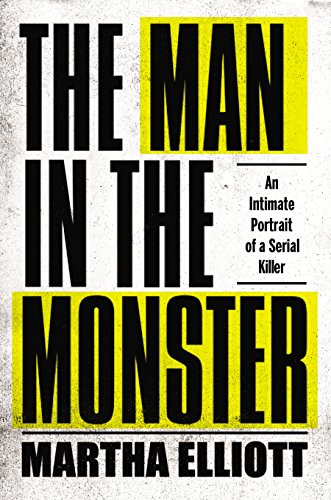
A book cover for The Man in the Monster: An Intimate Portrait of a Serial Killer; Martha Elliott; Biographies & Memoirs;